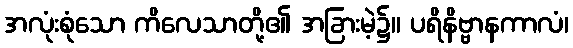
အလုံးစုံသော ကိလေသာတို့၏ အခြားမဲ့၌။ ပရိနိဗ္ဗာနကာလံ၊